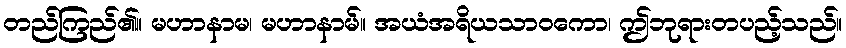
တည်ကြည်၏။ မဟာနာမ၊ မဟာနာမ်။ အယံအရိယသာဝကော၊ ဤဘုရားတပည့်သည်။